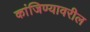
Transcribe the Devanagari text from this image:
कांजिण्यावरील